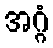
အဂ္ဂံ